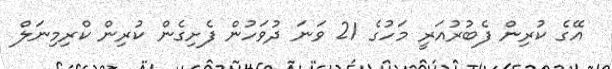
އޭގެ ކުރިން ފެބުރުއަރީ މަހުގެ 21 ވަނަ ދުވަހުން ފެށިގެން ކުރިން ކްރިމިނަލް